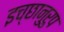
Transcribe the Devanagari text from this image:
इच्छानुरुप